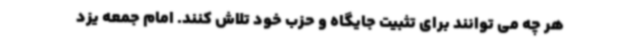
هر چه می توانند برای تثبیت جایگاه و حزب خود تلاش کنند. امام جمعه یزد